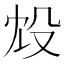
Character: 㱽